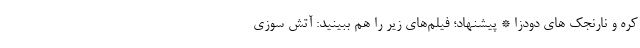
کره و نارنجک های دودزا * پیشنهاد؛ فیلم‌های زیر را هم ببینید: آتش سوزی